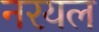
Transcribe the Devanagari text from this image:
नरयल